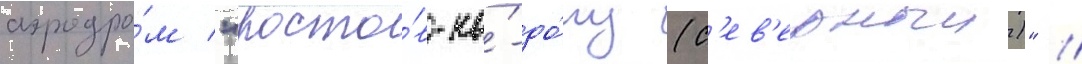
аэродро́м "росто́в-на́-до́ну (с'ев'ерныи)" //